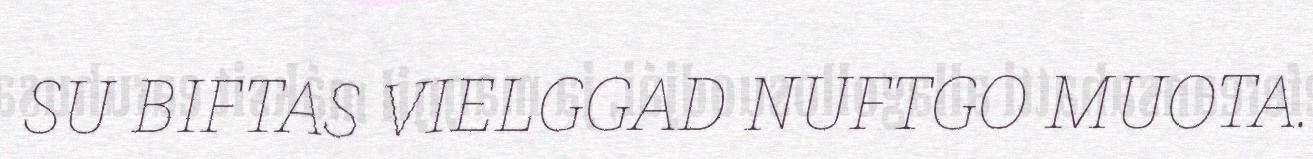
SU BIFTAS VIELGGAD NUFTGO MUOTA.